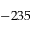
- 2 3 5